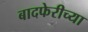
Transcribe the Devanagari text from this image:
बादफेरीच्या